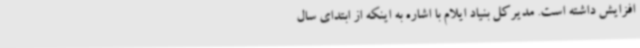
افزایش داشته است. مدیرکل بنیاد ایلام با اشاره به اینکه از ابتدای سال